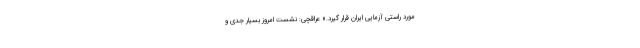
مورد راستی آزمایی ایران قرار گیرد.» عراقچی: نشست امروز بسیار جدی و